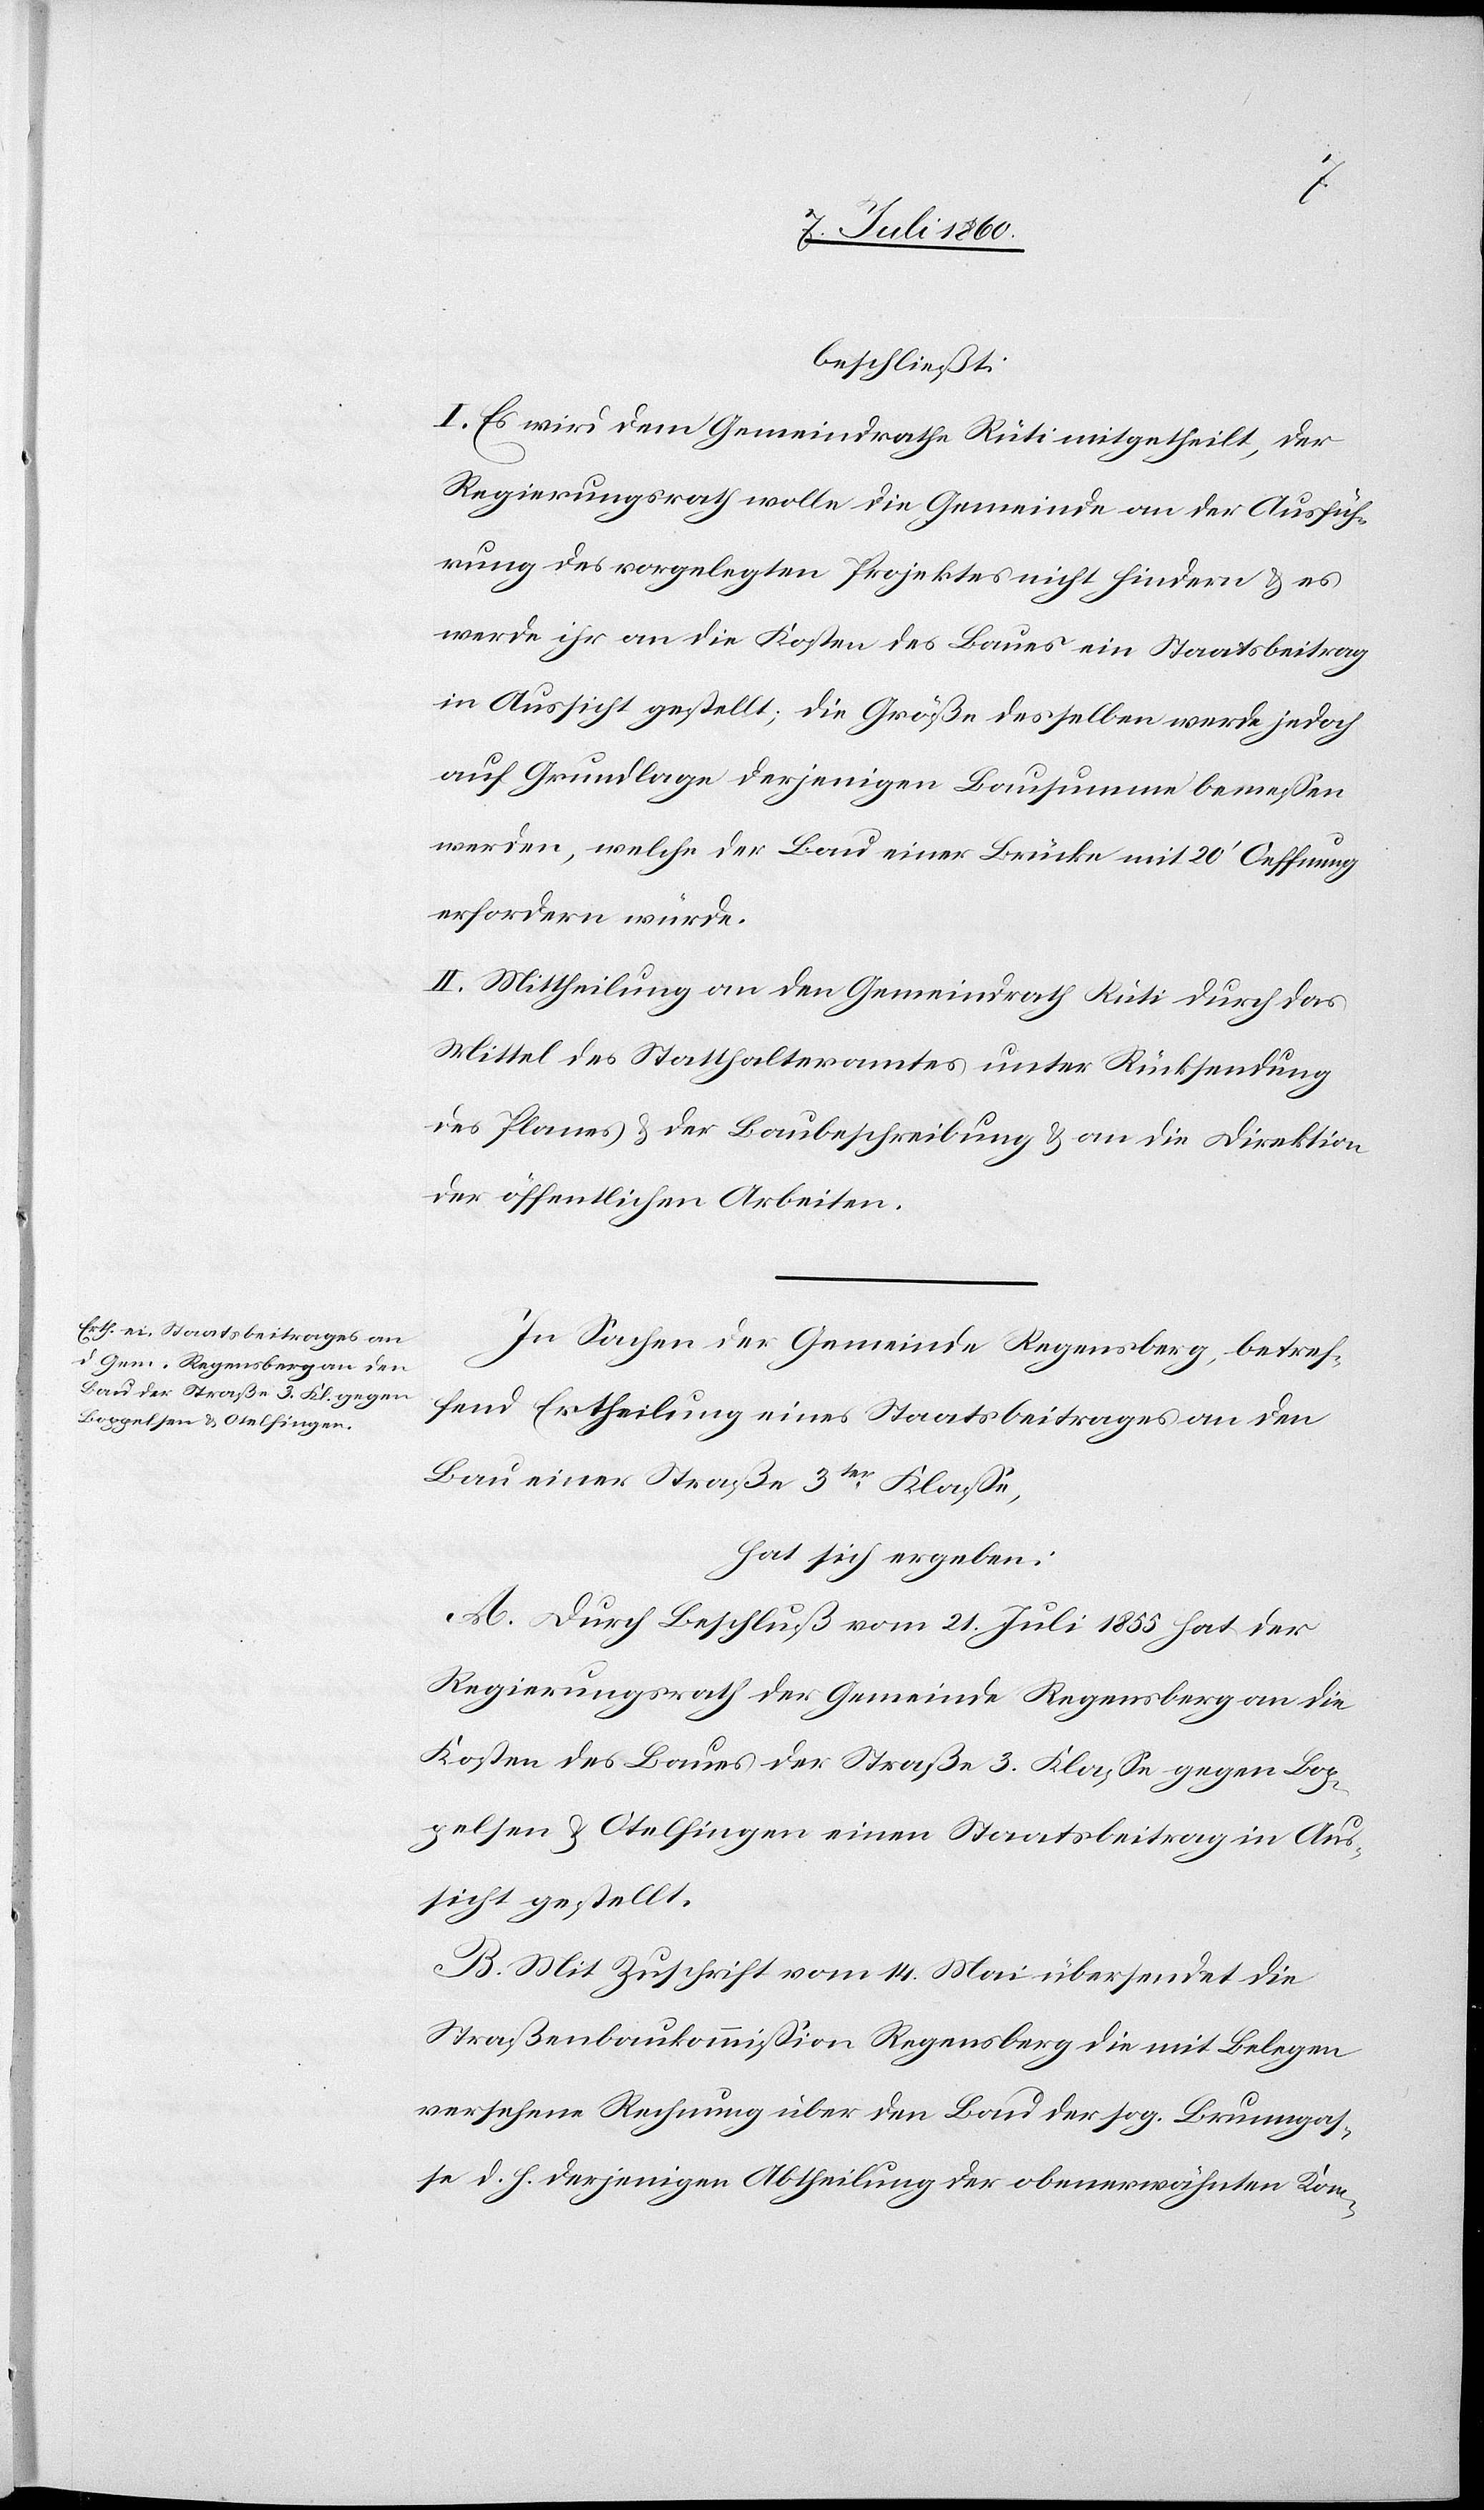
beschließt:
I. Es wird dem Gemeindrathe Rüti mitgetheilt, der
Regierungsrath wolle die Gemeinde an der Ausfüh¬
rung des vorgelegten Projektes nicht hindern & es
werde ihr an die Kosten des Baues ein Staatsbeitrag
in Aussicht gestellt; die Größe desselben werde jedoch
auf Grundlage derjenigen Bausumme bemessen
werden, welche der Bau einer Brücke mit 20’ Oeffnung
erfordern würde.
II. Mittheilung an den Gemeindrath Rüti durch das
Mittel des Statthalteramtes unter Rücksendung
des Planes & der Baubeschreibung & an die Direktion
der öffentlichen Arbeiten.
In Sachen der Gemeinde Regensberg, betref¬
fend Ertheilung eines Staatsbeitrages an den
Bau einer Straße 3ter Klasse,
hat sich ergeben:
A. Durch Beschluß vom 21. Juli 1855 hat der
Regierungsrath der Gemeinde Regensberg an die
Kosten des Baues der Straße 3. Klasse gegen Bop¬
pelsen & Otelfingen einen Staatsbeitrag in Aus¬
sicht gestellt.
B. Mit Zuschrift vom 14. Mai übersendet die
Straßenbaukommission Regensberg die mit Belegen
versehene Rechnung über den Bau der sog. Brunngas¬
se d. h. derjenigen Abtheilung der obenerwähnten Kom-